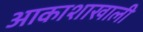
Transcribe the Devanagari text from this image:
आकाशाखाली